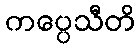
ကပ္ပေသီတိ